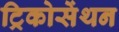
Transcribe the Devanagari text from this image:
ट्रिकोसेंथन